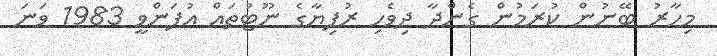
މިހާރު ބޭނުން ކުރަމުން ގެންދާ ދިވެހި ރުފިޔާގެ ނޫޓުތައް އުފަންވީ 1983 ވަނަ